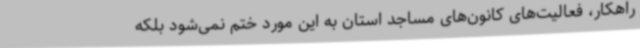
راهکار، فعالیت‌های کانون‌های مساجد استان به این مورد ختم نمی‌شود بلکه